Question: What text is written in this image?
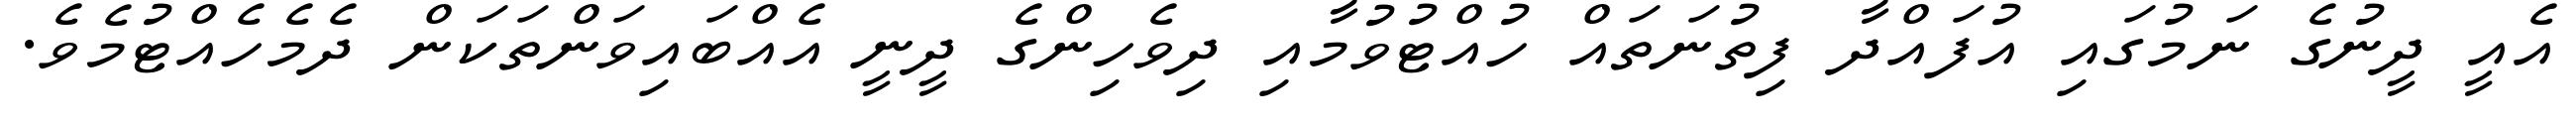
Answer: އެއީ ދީނުގެ ނަމުގައި އުފައްދާ ފިތުނަތައް ހުއްޓުވުމާއި ދިވެހިންގެ ދީނީ އެއްބައިވަންތަކަން ދެމެހެއްޓުމެވެ.